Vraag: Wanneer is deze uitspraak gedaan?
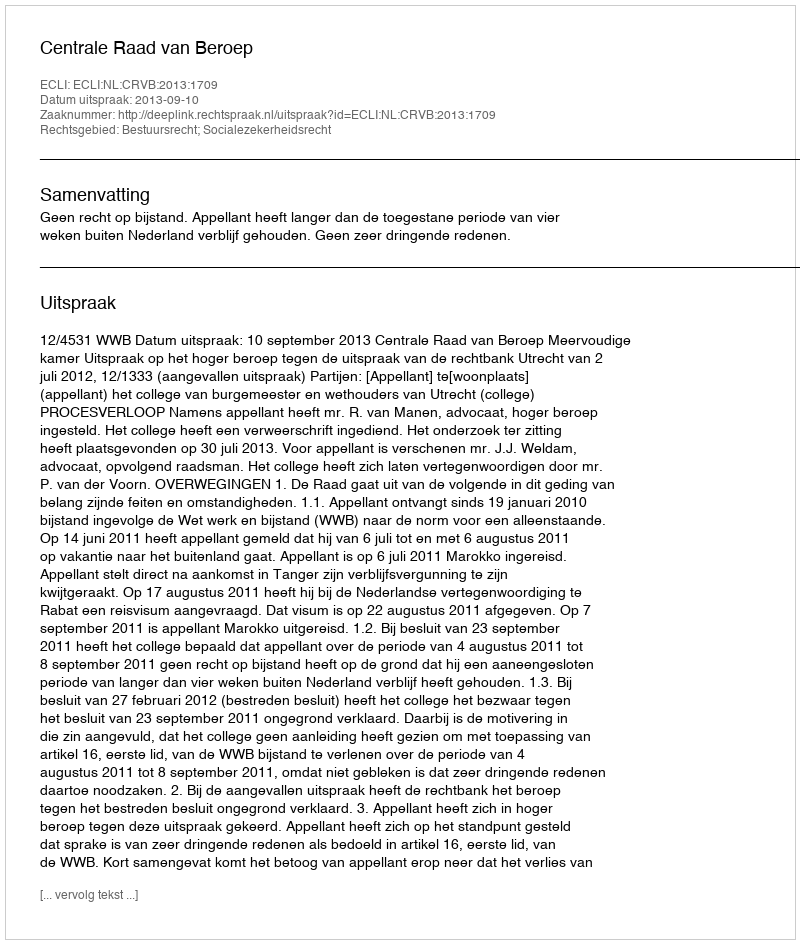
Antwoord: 2013-09-10